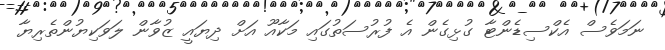
ނަމަވެސް އެކްސިޑެންޓާ ގުޅިގެން އެ ފުރުސަތުގައި މަކާއޫ އަށް ދިޔައީ ޒުވާން ލަވަކިޔުންތެރިޔާ